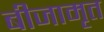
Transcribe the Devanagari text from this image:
बीजामृत